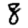
Digit: 8